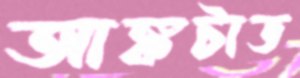
আঙ্কটাড